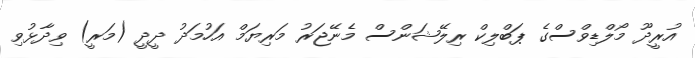
އުރީދޫ މޯލްޑިވްސްގެ ޕަބްލިކް ރިލޭޝަންސް މެނޭޖަރު މަރިޔަމް އަހުމަދު ދީދީ (މަރީ) ވިދާޅުވި